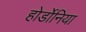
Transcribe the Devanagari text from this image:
होर्डोनिया